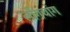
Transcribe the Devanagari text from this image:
लोंगचांग